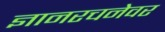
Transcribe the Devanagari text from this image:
ज्ञानरचनेवर